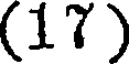
(17)